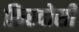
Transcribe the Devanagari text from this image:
फ़िरदोसी